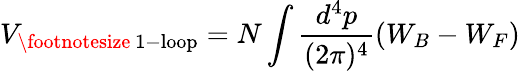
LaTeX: V_{\mathrm{\footnotesize~1-loop}}=N\int\frac{d^{4}p}{(2\pi)^{4}}\left(W_{B}-W_{F}\right)